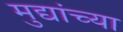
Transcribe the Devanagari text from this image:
मुद्यांच्या